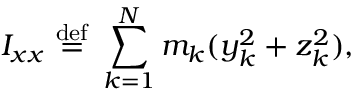
I _ { x x } \ { \stackrel { \mathrm { d e f } } { = } } \ \sum _ { k = 1 } ^ { N } m _ { k } ( y _ { k } ^ { 2 } + z _ { k } ^ { 2 } ) , \,